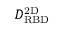
D _ { \mathrm { R B D } } ^ { \mathrm { 2 D } }